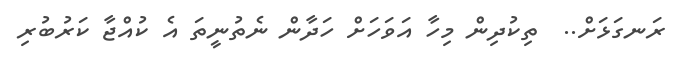
ރަނގަޅަށް..  ތިކުދިން މިހާ އަވަހަށް ހަދާން ނެތުނީތަ އެ ކުއްޖާ ކަރުބުރި